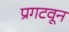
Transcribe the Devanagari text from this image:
प्रगटवून